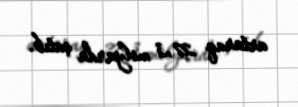
artaraq 27,3 milyarda çatıb.